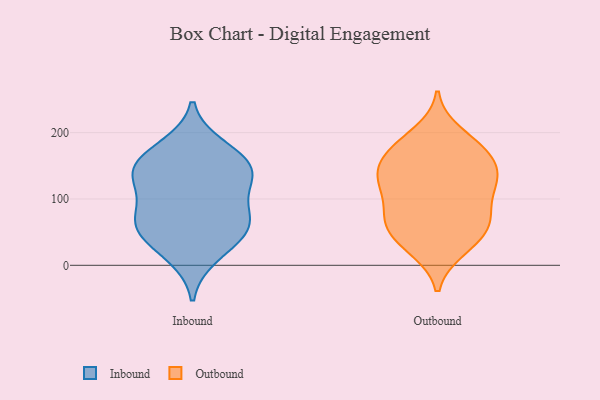
{"axis": {"x": "Temperature (°C)", "y": "Value"}, "legend": ["Inbound", "Outbound"], "data": [{"x": "", "y": 15, "type": "Inbound"}, {"x": "", "y": 151, "type": "Inbound"}, {"x": "", "y": 178, "type": "Inbound"}, {"x": "", "y": 47, "type": "Inbound"}, {"x": "", "y": 134, "type": "Inbound"}, {"x": "", "y": 127, "type": "Inbound"}, {"x": "", "y": 47, "type": "Inbound"}, {"x": "", "y": 160, "type": "Inbound"}, {"x": "", "y": 73, "type": "Inbound"}, {"x": "", "y": 79, "type": "Inbound"}, {"x": "", "y": 66, "type": "Inbound"}, {"x": "", "y": 135, "type": "Inbound"}, {"x": "", "y": 66, "type": "Outbound"}, {"x": "", "y": 105, "type": "Outbound"}, {"x": "", "y": 135, "type": "Outbound"}, {"x": "", "y": 199, "type": "Outbound"}, {"x": "", "y": 78, "type": "Outbound"}, {"x": "", "y": 123, "type": "Outbound"}, {"x": "", "y": 148, "type": "Outbound"}, {"x": "", "y": 180, "type": "Outbound"}, {"x": "", "y": 116, "type": "Outbound"}, {"x": "", "y": 134, "type": "Outbound"}, {"x": "", "y": 61, "type": "Outbound"}, {"x": "", "y": 165, "type": "Outbound"}, {"x": "", "y": 24, "type": "Outbound"}, {"x": "", "y": 178, "type": "Outbound"}, {"x": "", "y": 168, "type": "Outbound"}, {"x": "", "y": 65, "type": "Outbound"}, {"x": "", "y": 26, "type": "Outbound"}, {"x": "", "y": 66, "type": "Outbound"}, {"x": "", "y": 130, "type": "Outbound"}, {"x": "", "y": 42, "type": "Outbound"}]}